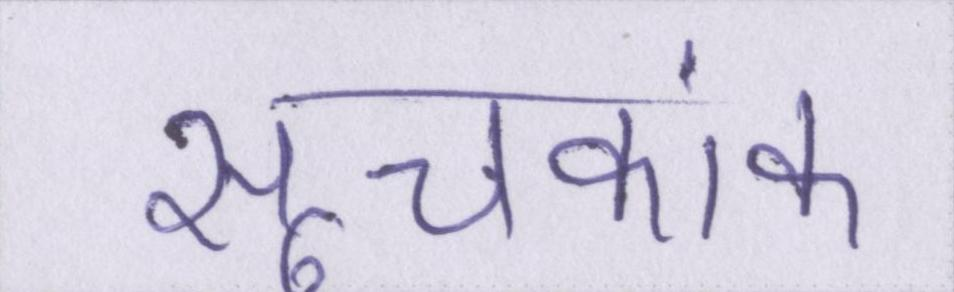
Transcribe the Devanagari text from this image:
सूचकांक